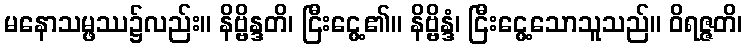
မနောသမ္ဖဿ၌လည်း။ နိဗ္ဗိန္ဒတိ၊ ငြီးငွေ့၏။ နိဗ္ဗိန္ဒံ၊ ငြီးငွေ့သောသူသည်။ ဝိရဇ္ဇတိ၊